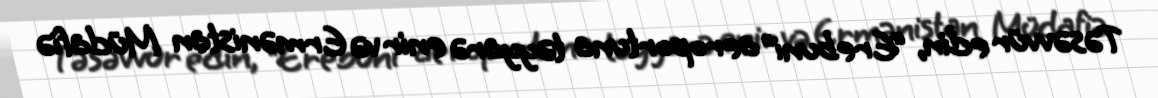
Təsəvvür edin, “Erebuni” aeroportuna təyyarə enir və Ermənistan Müdafiə